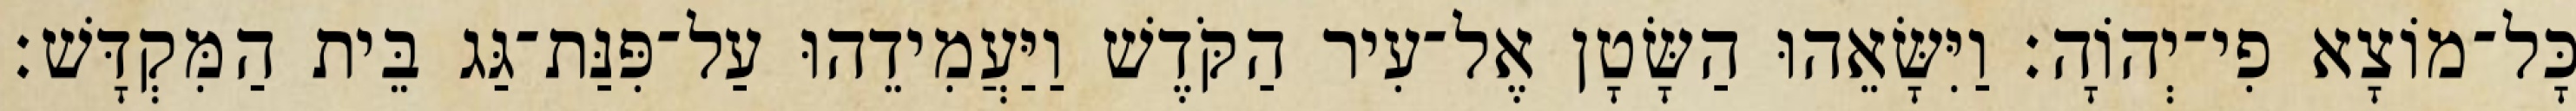
כָּל־מוֹצָא פִי־יְהוָֹה׃ וַיִּשָּׂאֵהוּ הַשָּׂטָן אֶל־עִיר הַקֹּדֶשׁ וַיַּעֲמִידֵהוּ עַל־פִּנַּת־גַּג בֵּית הַמִּקְדָּשׁ׃